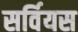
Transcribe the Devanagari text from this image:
सर्वियस